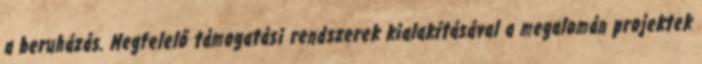
a beruházás. Megfelelő támogatási rendszerek kialakításával a megalomán projektek